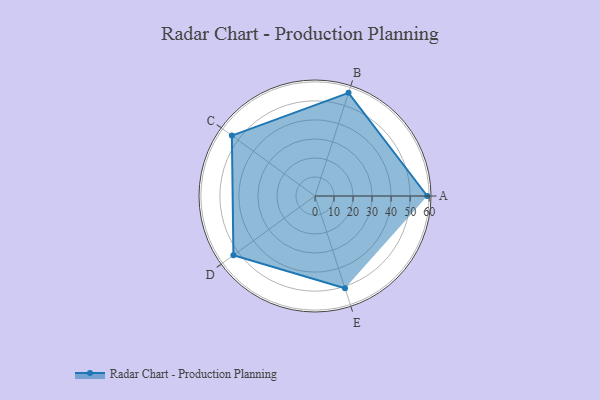
{"axis": {"x": "Skill", "y": "Score"}, "legend": ["Profile"], "data": [{"x": "A", "y": 59.0, "type": "Profile"}, {"x": "B", "y": 57.0, "type": "Profile"}, {"x": "C", "y": 54.0, "type": "Profile"}, {"x": "D", "y": 53.0, "type": "Profile"}, {"x": "E", "y": 51.0, "type": "Profile"}]}